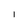
Character: l